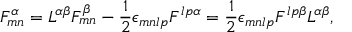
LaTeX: { \cal F } _ { m n } ^ { \alpha } = { \cal L } ^ { \alpha \beta } F _ { m n } ^ { \beta } - { \frac { 1 } { 2 } } \epsilon _ { m n l p } F ^ { l p \alpha } = { \frac { 1 } { 2 } } \epsilon _ { m n l p } { \cal F } ^ { l p \beta } { \cal L } ^ { \alpha \beta } ,